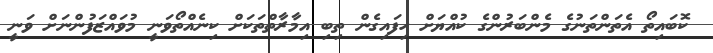
ކޮބައިތޯ އެތަންތަނުގެ މެންބަރުންގެ ކުއްޔަށް ހިފައިގެން ތިބި އިމާރާތްތަކަށް ކިނެއްތޯވަނީ މުވައްޒަފުންނަށް ވަނީ